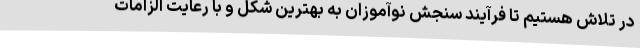
در تلاش هستیم تا فرآیند سنجش نوآموزان به بهترین شکل و با رعایت الزامات